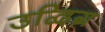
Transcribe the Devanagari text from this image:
उद्विग्र